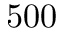
5 0 0